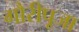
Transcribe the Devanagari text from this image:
गौरीपूजा